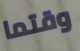
وقتما